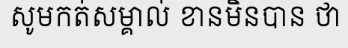
សូមកត់សម្គាល់ ខានមិនបាន ថា